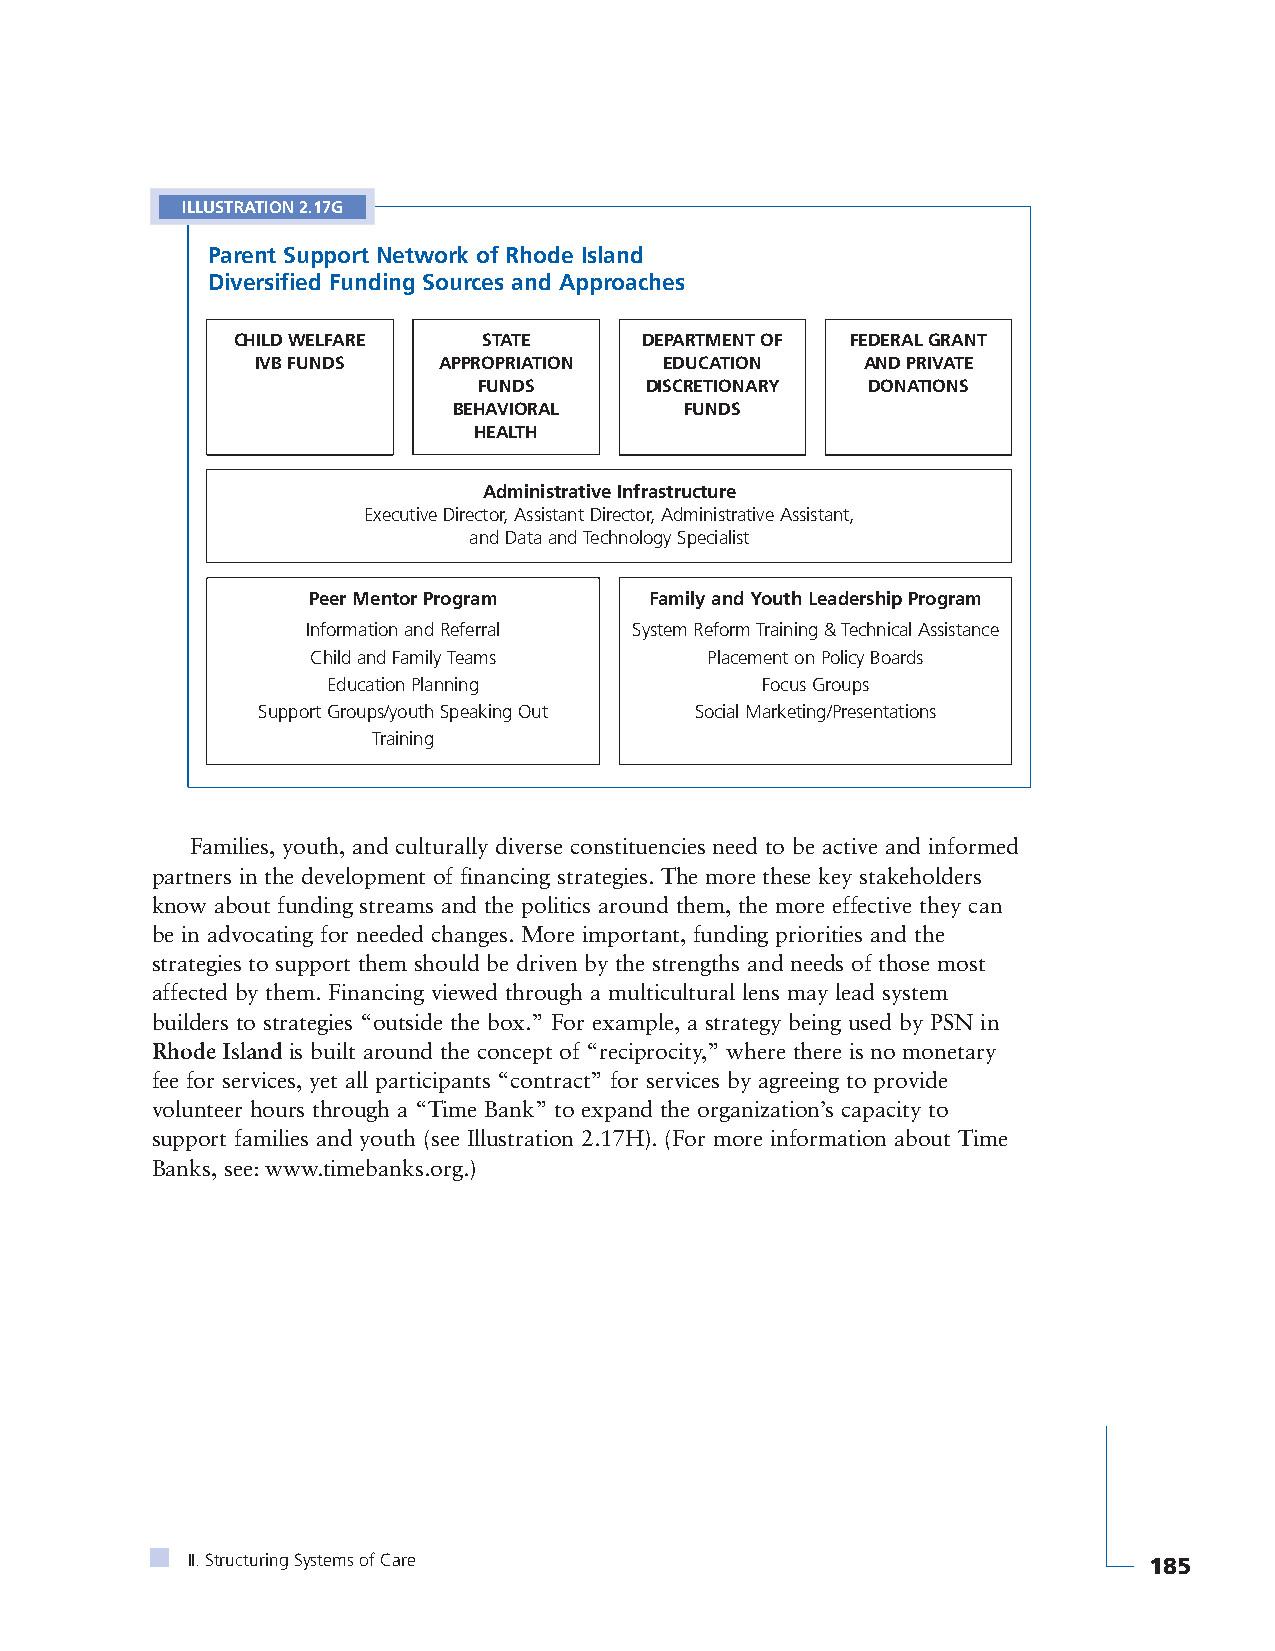
ILLUSTRATION 2.17G
 Parent Support Network of Rhode Island
 Diversified Funding Sources and Approaches
 CHILD WELFARE    STATE      DEPARTMENT OF FEDERAL GRANT
 IVB FUNDS   APPROPRIATION  EDUCATION    AND PRIVATE
 FUNDS      DISCRETIONARY DONATIONS
 BEHAVIORAL     FUNDS
 HEALTH
 Administrative Infrastructure
 Executive Director, Assistant Director, Administrative Assistant,
 and Data and Technology Specialist
 Peer Mentor Program    Family and Youth Leadership Program
 Information and Referral System Reform Training & Technical Assistance
 Child and Family Teams    Placement on Policy Boards
 Education Planning          Focus Groups
 Support Groups/youth Speaking Out Social Marketing/Presentations
 Training
 Families, youth, and culturally diverse constituencies need to be active and informed
 partners in the development of financing strategies. The more these key stakeholders
 know about funding streams and the politics around them, the more effective they can
 be in advocating for needed changes. More important, funding priorities and the
 strategies to support them should be driven by the strengths and needs of those most
 affected by them. Financing viewed through a multicultural lens may lead system
 builders to strategies “outside the box.” For example, a strategy being used by PSN in
 Rhode Island is built around the concept of “reciprocity,” where there is no monetary
 fee for services, yet all participants “contract” for services by agreeing to provide
 volunteer hours through a “Time Bank” to expand the organization’s capacity to
 support families and youth (see Illustration 2.17H). (For more information about Time
 Banks, see: www.timebanks.org.)
 II. Structuring Systems of Care                                 185